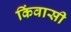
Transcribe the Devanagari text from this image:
किंवासी